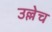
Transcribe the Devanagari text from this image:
उल्लेच